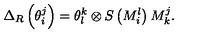
\Delta _ { R } \left( \theta _ { i } ^ { j } \right) = \theta _ { l } ^ { k } \otimes S \left( M _ { i } ^ { l } \right) M _ { k } ^ { j } .